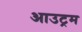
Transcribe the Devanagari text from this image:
आउट्रम